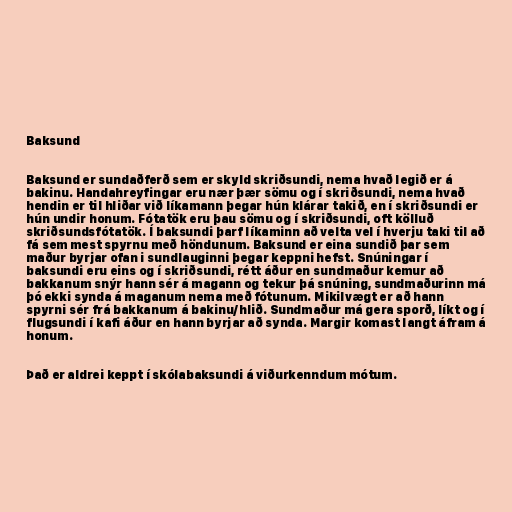
Baksund

Baksund er sundaðferð sem er skyld skriðsundi, nema hvað legið er á
bakinu. Handahreyfingar eru nær þær sömu og í skriðsundi, nema hvað
hendin er til hliðar við líkamann þegar hún klárar takið, en í skriðsundi er
hún undir honum. Fótatök eru þau sömu og í skriðsundi, oft kölluð
skriðsundsfótatök. Í baksundi þarf líkaminn að velta vel í hverju taki til að
fá sem mest spyrnu með höndunum. Baksund er eina sundið þar sem
maður byrjar ofan i sundlauginni þegar keppni hefst. Snúningar í
baksundi eru eins og í skriðsundi, rétt áður en sundmaður kemur að
bakkanum snýr hann sér á magann og tekur þá snúning, sundmaðurinn má
þó ekki synda á maganum nema með fótunum. Mikilvægt er að hann
spyrni sér frá bakkanum á bakinu/hlið. Sundmaður má gera sporð, líkt og í
flugsundi í kafi áður en hann byrjar að synda. Margir komast langt áfram á
honum.

Það er aldrei keppt í skólabaksundi á viðurkenndum mótum.